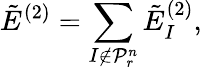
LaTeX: \tilde{E}^{(2)}=\sum_{{I}\notin\mathcal{P}_{r}^{n}}\tilde{E}_{I}^{(2)},